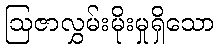
ဩဇာလွှမ်းမိုးမှုရှိသော